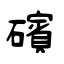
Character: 礗